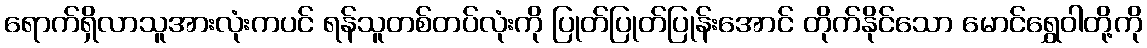
ရောက်ရှိလာသူအားလုံးကပင် ရန်သူတစ်တပ်လုံးကို ပြုတ်ပြုတ်ပြုန်းအောင် တိုက်နိုင်သော မောင်ရွှေဝါတို့ကို